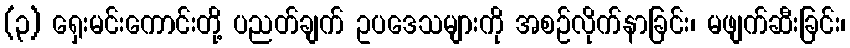
(၃) ရှေးမင်းကောင်းတို့ ပညတ်ချက် ဥပဒေသများကို အစဉ်လိုက်နာခြင်း၊ မဖျက်ဆီးခြင်း၊